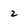
Character: 2